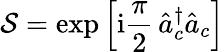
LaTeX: \mathcal{S}=\exp\left[\mathrm{i}\frac{\pi}{2}\, \hat{a}_{c}^{\dagger}\hat{a}_{c}\right]